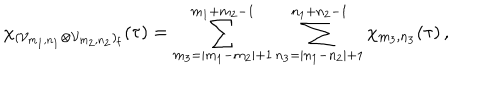
\chi _ { ( { \cal V } _ { m _ { 1 } , n _ { 1 } } \otimes { \cal V } _ { m _ { 2 } , n _ { 2 } } ) _ { \mathrm f } } ( \tau ) = \sum _ { m _ { 3 } = | m _ { 1 } - m _ { 2 } | + 1 } ^ { m _ { 1 } + m _ { 2 } - 1 } \sum _ { n _ { 3 } = | n _ { 1 } - n _ { 2 } | + 1 } ^ { n _ { 1 } + n _ { 2 } - 1 } \chi _ { m _ { 3 } , n _ { 3 } } ( \tau ) \, ,